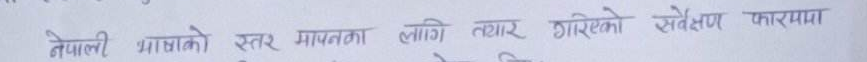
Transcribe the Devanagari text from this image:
नेपाली भाषाको स्तर मापनका लागि तयार गरिएको सर्वेक्षण फारममा